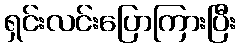
ရှင်းလင်းပြောကြားပြီး